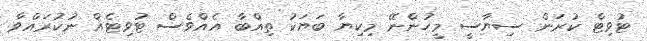
ޓުވިޓް ކުރަން ސިޔާސީ މީހުންނޭ މިކިޔާ ބަޔަކު ތިއްބާ އެއްވެސް ޓުވިޓެއް ނުކުރައްވާ